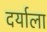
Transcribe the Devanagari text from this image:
दर्याला